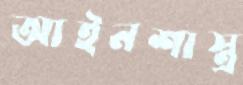
আইনশাস্ত্র